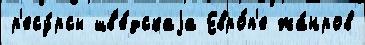
р'есу́рсы шв'е́дскаjа Евро́п'е жа́нров